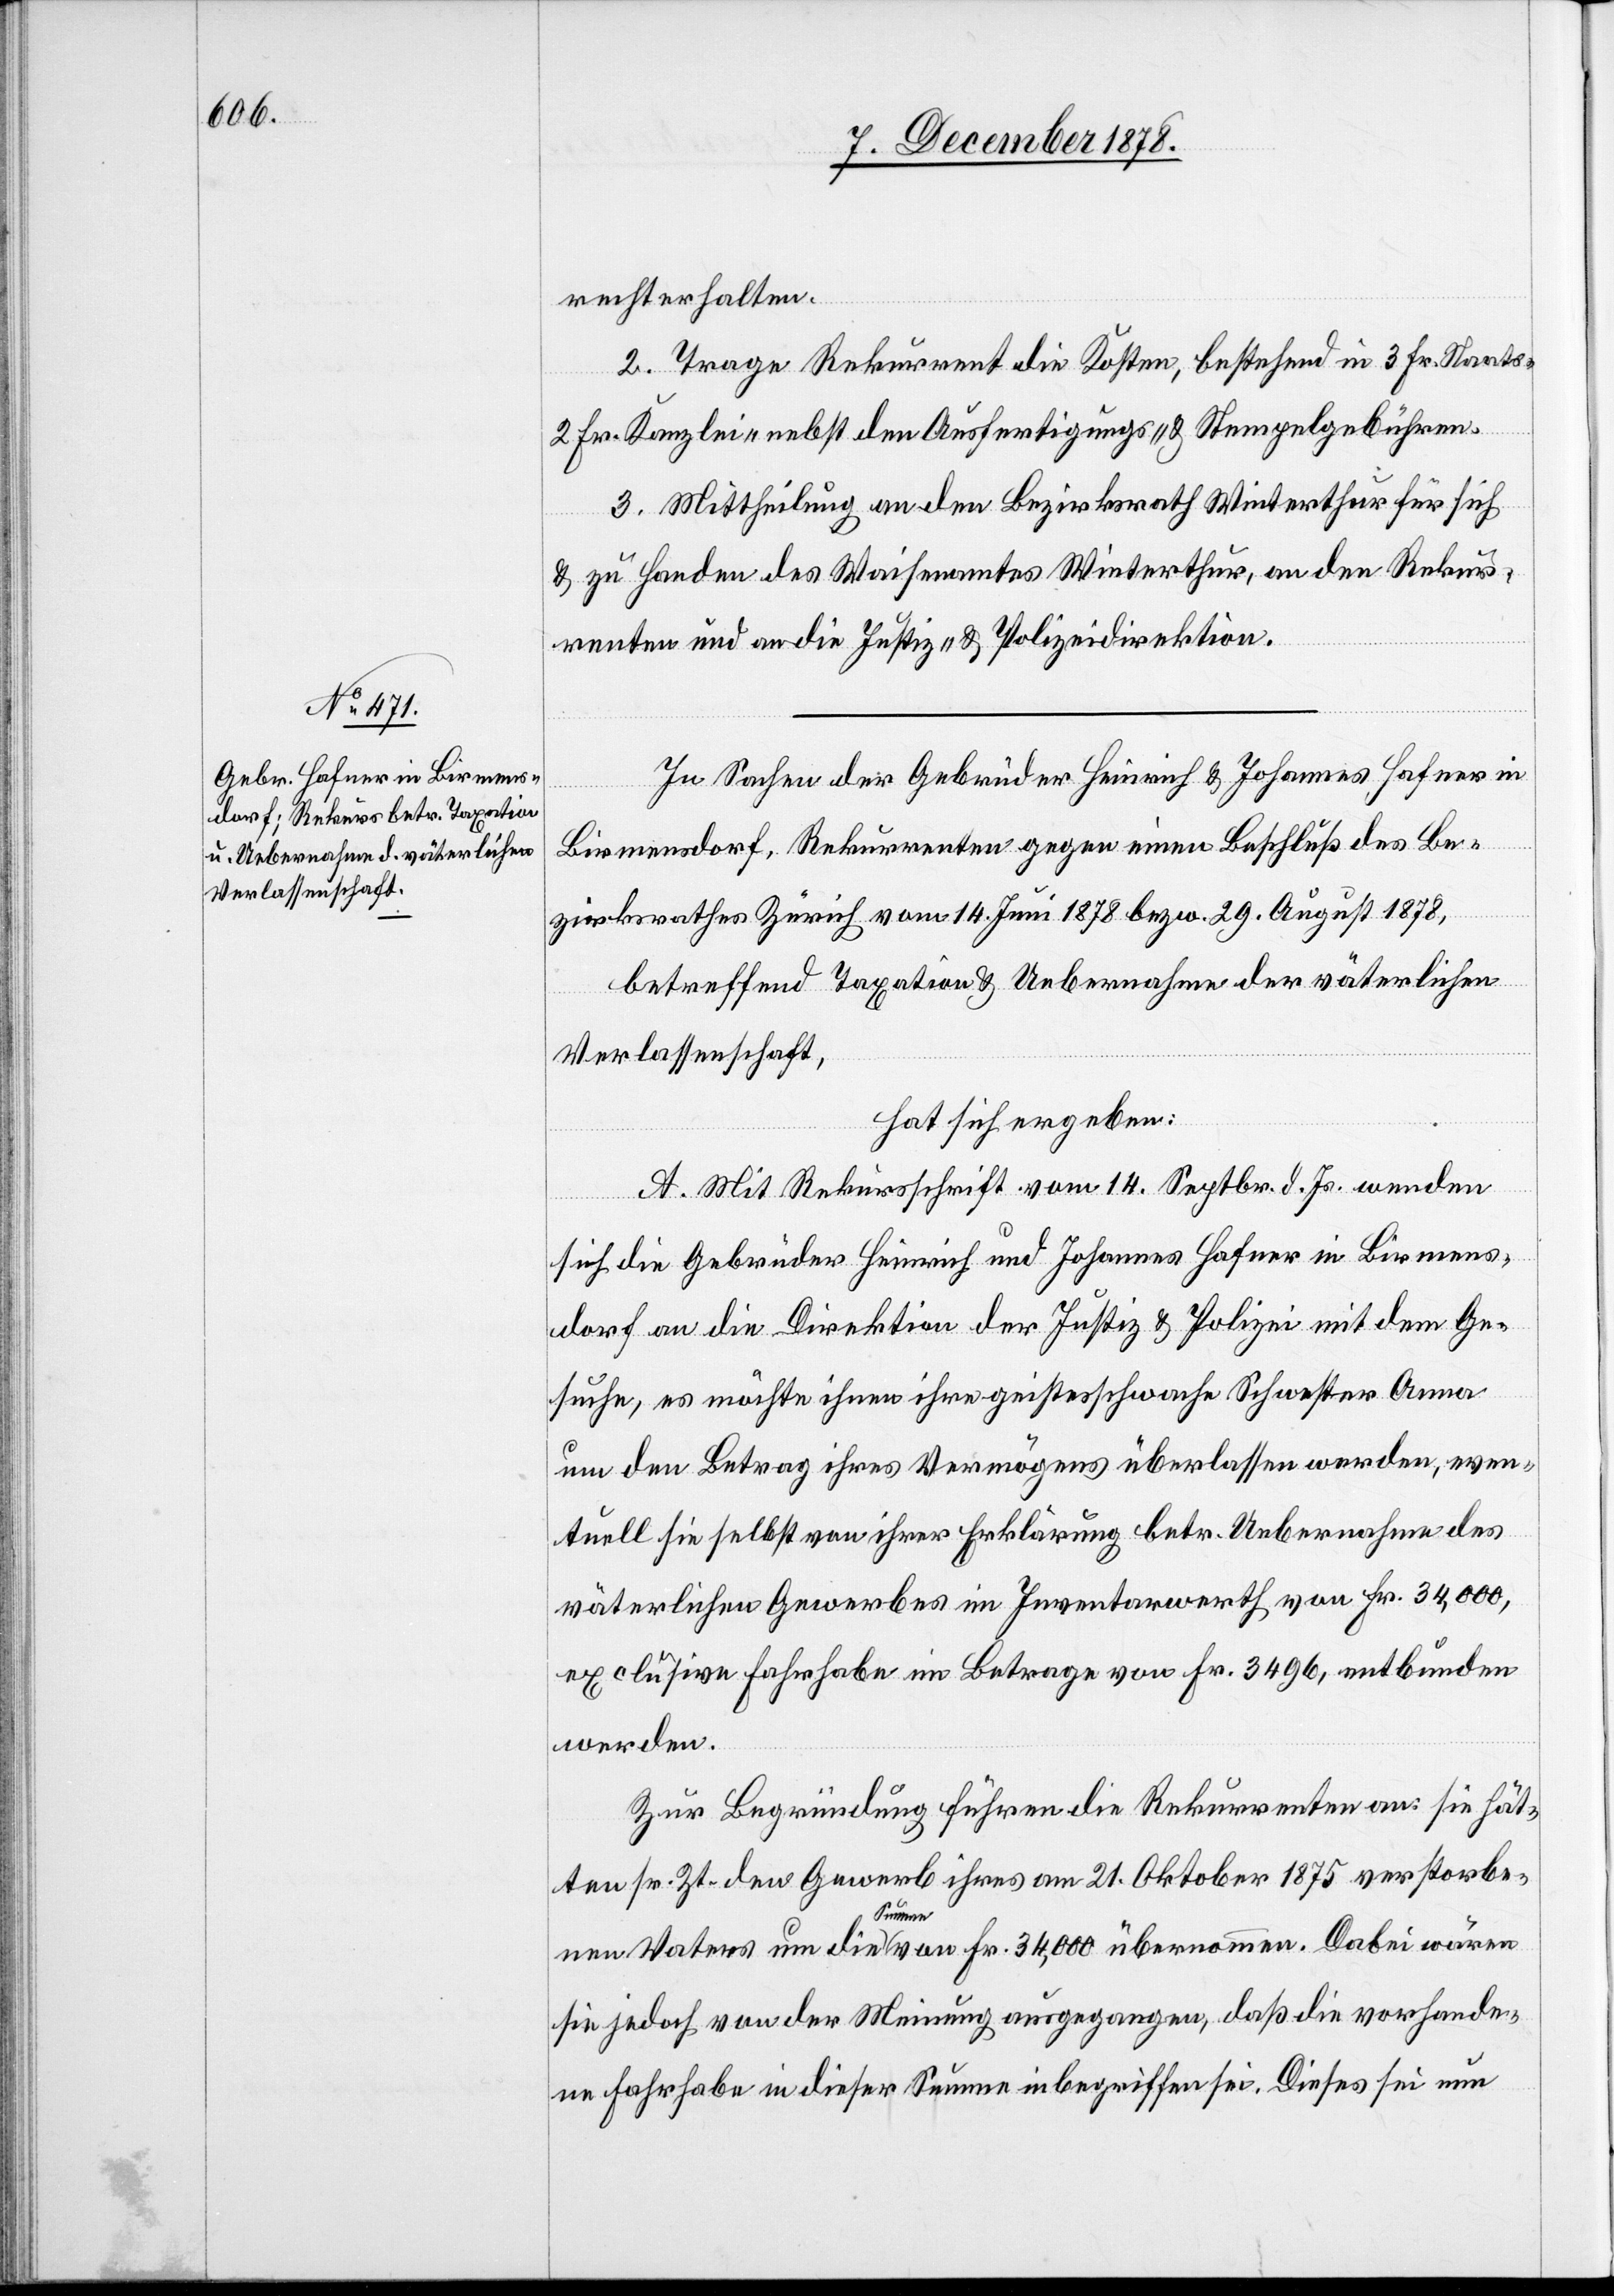
rechterhalten.
2. Trage Rekurrent die Kosten, bestehend in 3 Fr. Staats-[,]
2 Fr. Kanzlei- nebst den Ausfertigungs- und Stempelgebühren.
3. Mittheilung an den Bezirksrath Winterthur für sich
& zu Handen des Waisenamtes Winterthur, an den Rekur¬
renten und an die Justiz- & Polizeidirektion.
In Sachen der Gebrüder Heinrich & Johannes Hafner in
Birmensdorf, Rekurrenten gegen einen Beschluß des Be¬
zirksrathes Zürich vom 14. Juni 1878 bezw. 29. August 1878,
betreffend Taxation & Uebernahme der väterlichen
Verlassenschaft,
hat sich ergeben:
A. Mit Rekursschrift vom 14. Septbr. d. Js. wenden
sich die Gebrüder Heinrich und Johannes Hafner in Birmens¬
dorf an die Direktion der Justiz & Polizei mit dem Ge¬
suche, es möchte ihnen ihre geistesschwache Schwester Anna
um den Betrag ihres Vermögens überlassen werden, even¬
tuell sie selbst von ihrer Erklärung betr. Uebernahme des
väterlichen Gewerbes im Inventarwerth von Fr. 34,000,
exclusive Fahrhabe im Betrage von Fr. 3496, entbunden
werden.
Zur Begründung führen die Rekurrenten an: sie hät¬
ten sr. Zt. den Gewerb ihres am 21. Oktober 1875 verstorbe¬
nen Vaters um die Summe von Fr. 34,000 übernommen. Dabei wären
sie jedoch von der Meinung ausgegangen, daß die vorhande¬
ne Fahrhabe in dieser Summe inbegriffen sei. Dieses sei nun